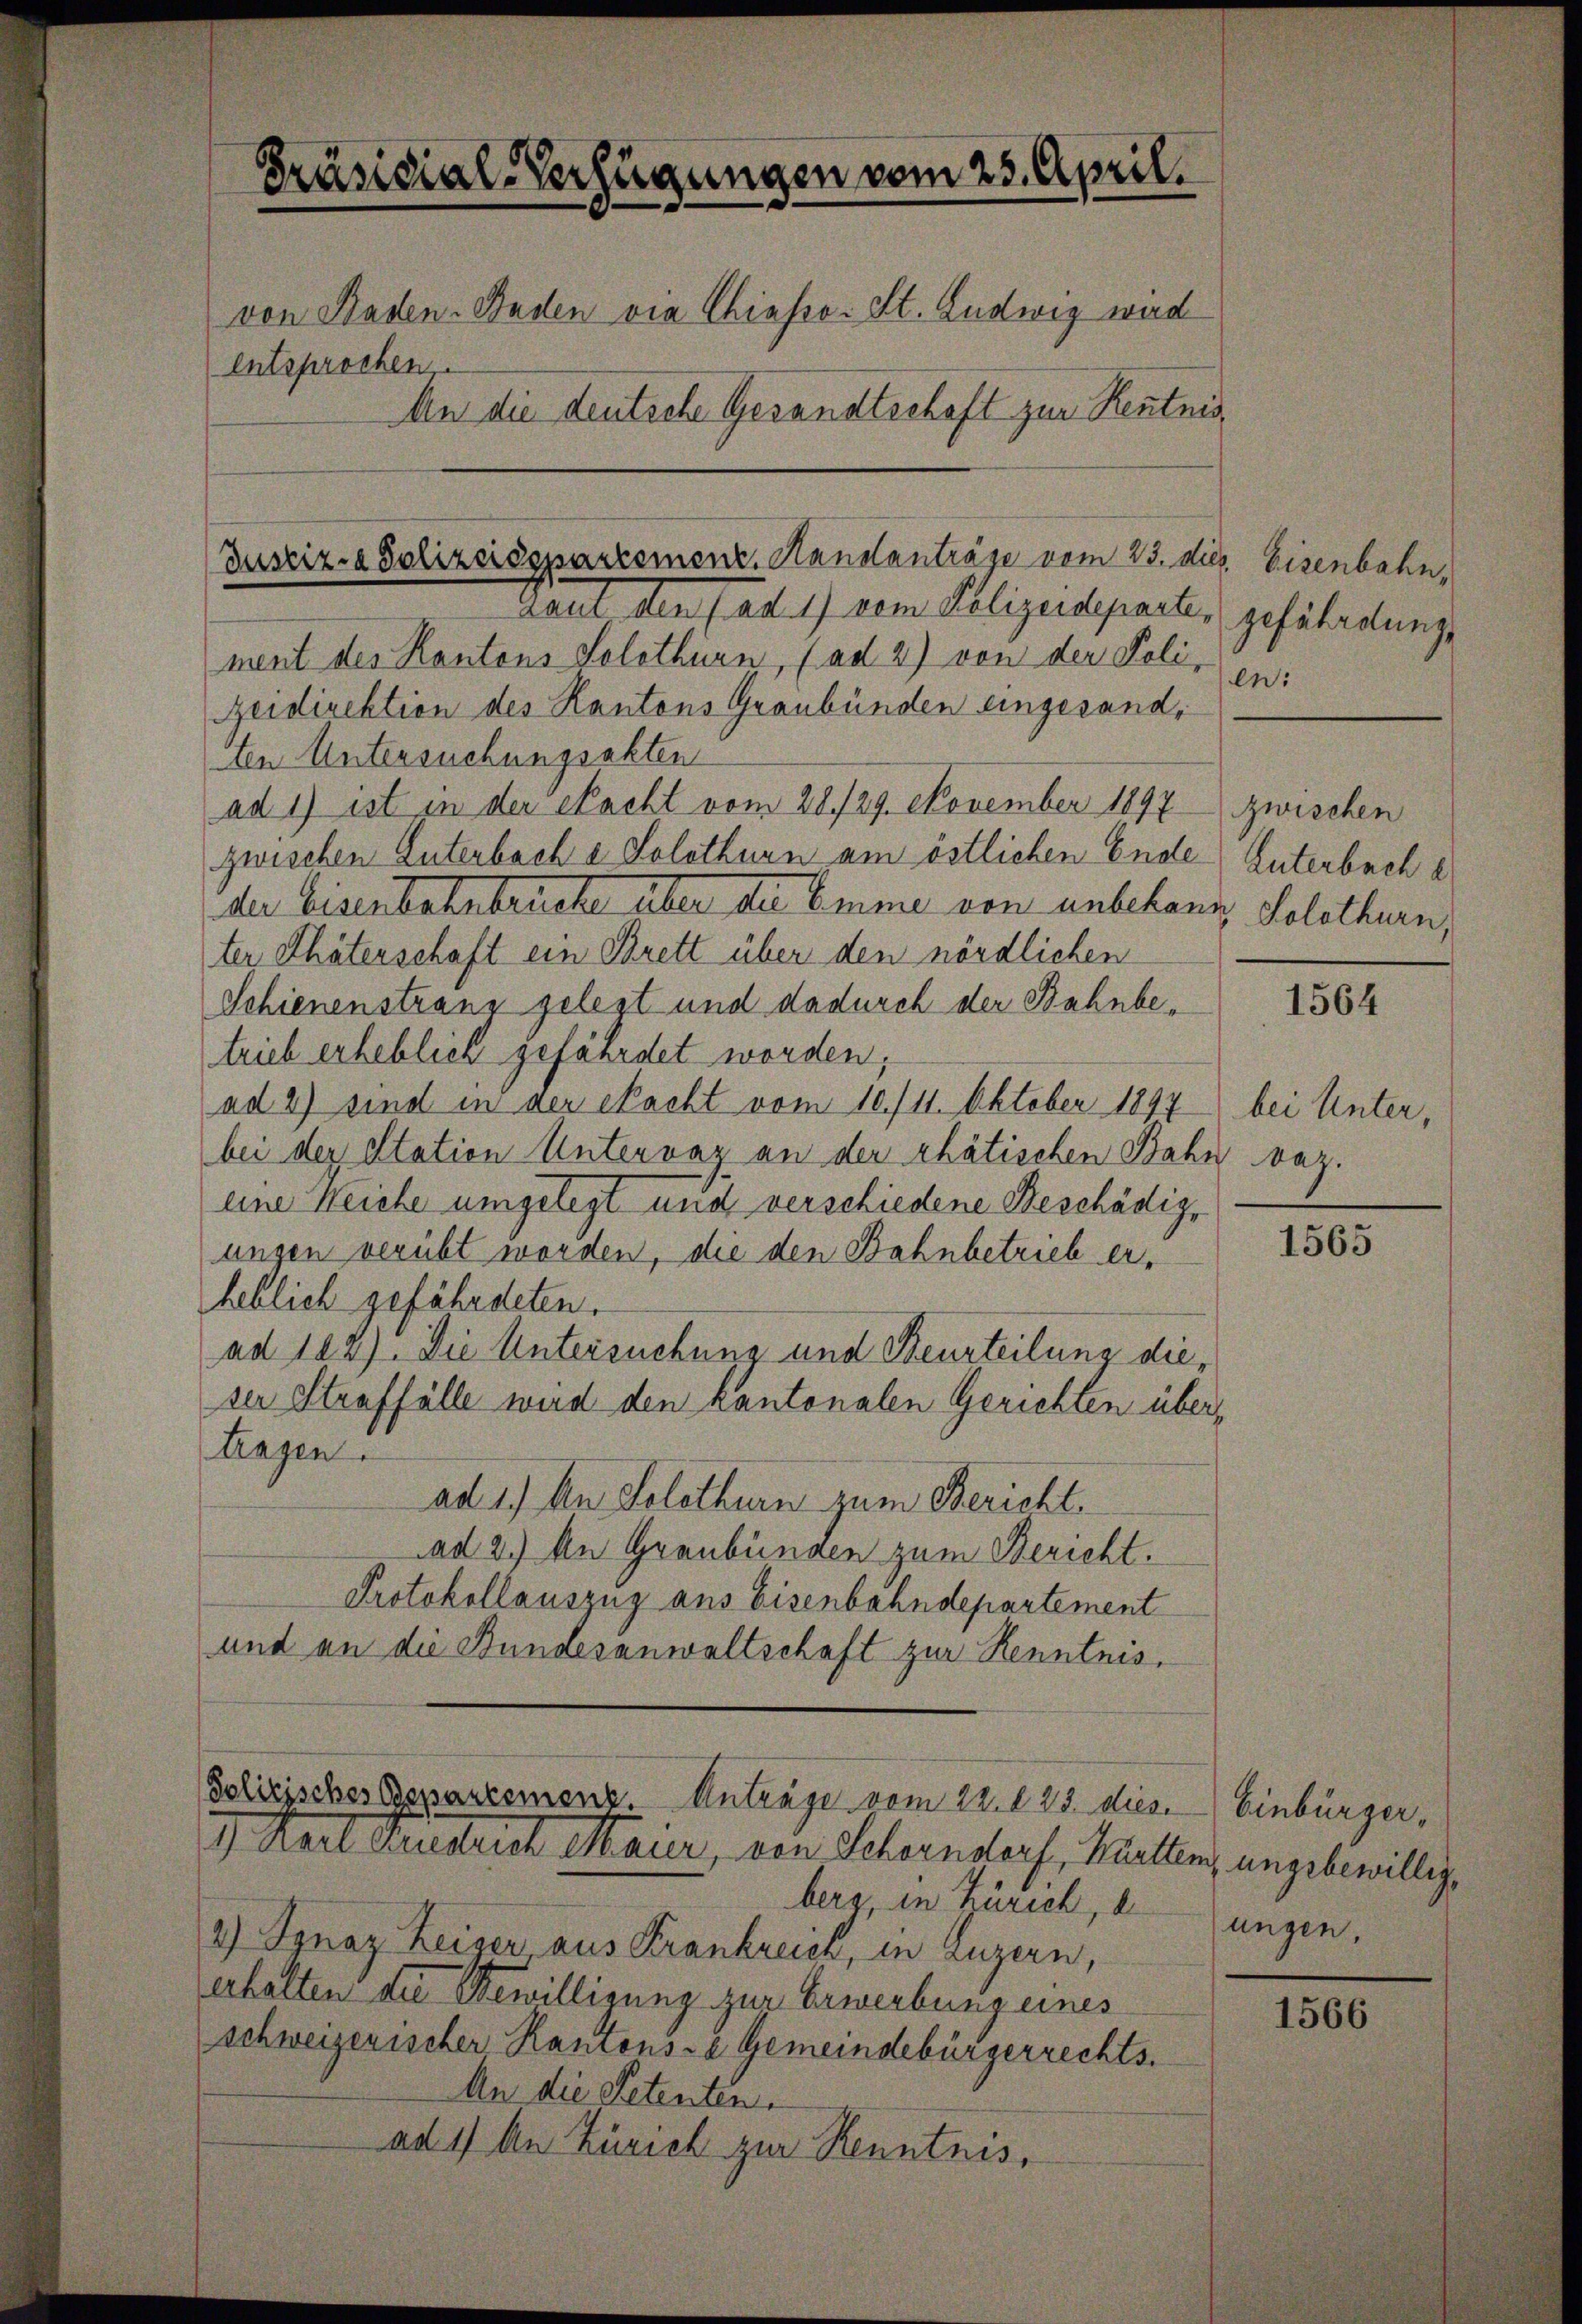
Präsidial-Verfügungen vom 25. April.
von Baden- Baden via Chiasso. St. Ludwig wird
entsprochen,
An die deutsche Gesandtschaft zur Kenntnis,

Justiz- & Polizeidepartement. Hanslanträge vom 23. dies

Lami den (ad 1) vom Polizeideparte, gefährdung
ment des Kantons Solothurn, (ad 2) von der Poli¬
Zeidirektion des Kantons Graubünden eingesandten Untersuchungsakten
ad 1) ist in der Nacht vom 28./29. November 1897 zwischen
zwischen Enterbach e Solothurn am östlichen Ende
der Eisenbahnbrüche über der Emme von unbekann, Solothurn,
ter Thäterschaft ein Brett über den nördlichen
Schienenstrang gelegt und dadurch der Bahnbetrieb erheblick gefährdet worden;
ad 2) sind in der Nacht vom 10./11. Oktober 1897
bei der Station Untervaz an der thätischen Bahn bez.
eine Weiche umgelegt und verschiedene Beschädigungen verübt worden, die den Bahnbetrieb erheblich gefährdeten.
ad 102). Die Untersuchung und Beurteilung die
ser Straffälle wird den kantonalen Gerichten übertragen.
ad 1.) An Solothurn zum Bericht
ad 2.) An Graubünden zum Bericht.
Protokollauszug aus Eisenbahndepartement
und an die Bundesanwaltschaft zur Kenntnis.

berg, in Zürich, d
2) Ignaz Keiser aus Krankreich, in Luzern,
erhalten die Bewilligung zur Erwerbung eines
schweizerischer Kantons-a Gemeindebürgerrechts.
An die Petenten.
ad 1) An Zürich zur Renntnis.

Polizisches Departemenz. Anträge vom 22. d. 23. diese Einbürger¬
1) Karl Friedrich emaier, von Schorndorf, Württem ungebewillig¬

Eisenbahn,
en:

Unterbach e

1564

bei Unter¬

1565

ungen.

1566